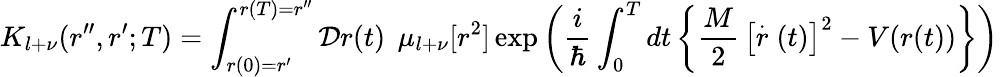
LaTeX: K_{l+\nu}(r^{\prime\prime},r^{\prime};T)=\int_{r(0)=r^{\prime}}^{r(T)=r^{\prime\prime}}{\cal D}r(t)\, \; \mu_{l+\nu}[r^{2}]\exp\left(\frac{i}{\hbar}\int_{0}^{T}dt\left\{ \frac{M}{2}\, \left[\stackrel{.}{r}(t)\right]^{2}-V(r(t))\right\} \right)\;